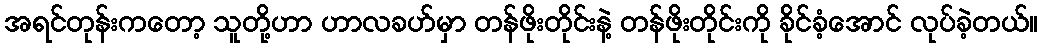
အရင်တုန်းကတော့ သူတို့ဟာ ဟာလခဟ်မှာ တန်ဖိုးတိုင်းနဲ့ တန်ဖိုးတိုင်းကို ခိုင်ခံ့အောင် လုပ်ခဲ့တယ်။